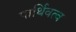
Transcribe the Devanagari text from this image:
पार्थिवत्व